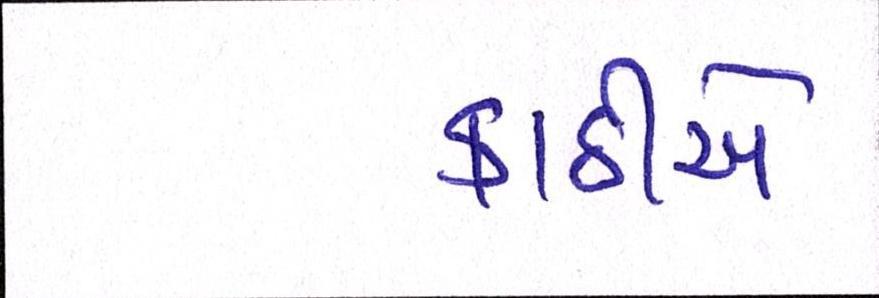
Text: કાઠીએ